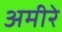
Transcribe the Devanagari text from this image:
अमीरे